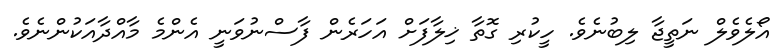
އޯލެވެލް ނަތީޖާ ލިބުނެވެ. ހީކުރި ގޮތާ ޚިލާފަށް އަހަރެން ފާސްނުވަނީ އެންމެ މާއްދާއަކުންނެވެ.